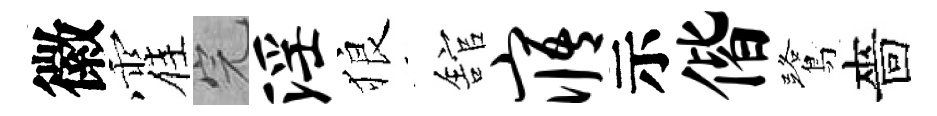
徽霍完淫狼舘寤示偕鷺嗇